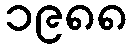
၁၉၈၈